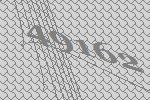
49162